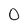
Character: O